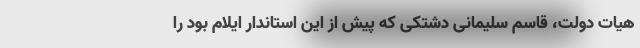
هیات دولت، قاسم سلیمانی دشتکی که پیش از این استاندار ایلام بود را